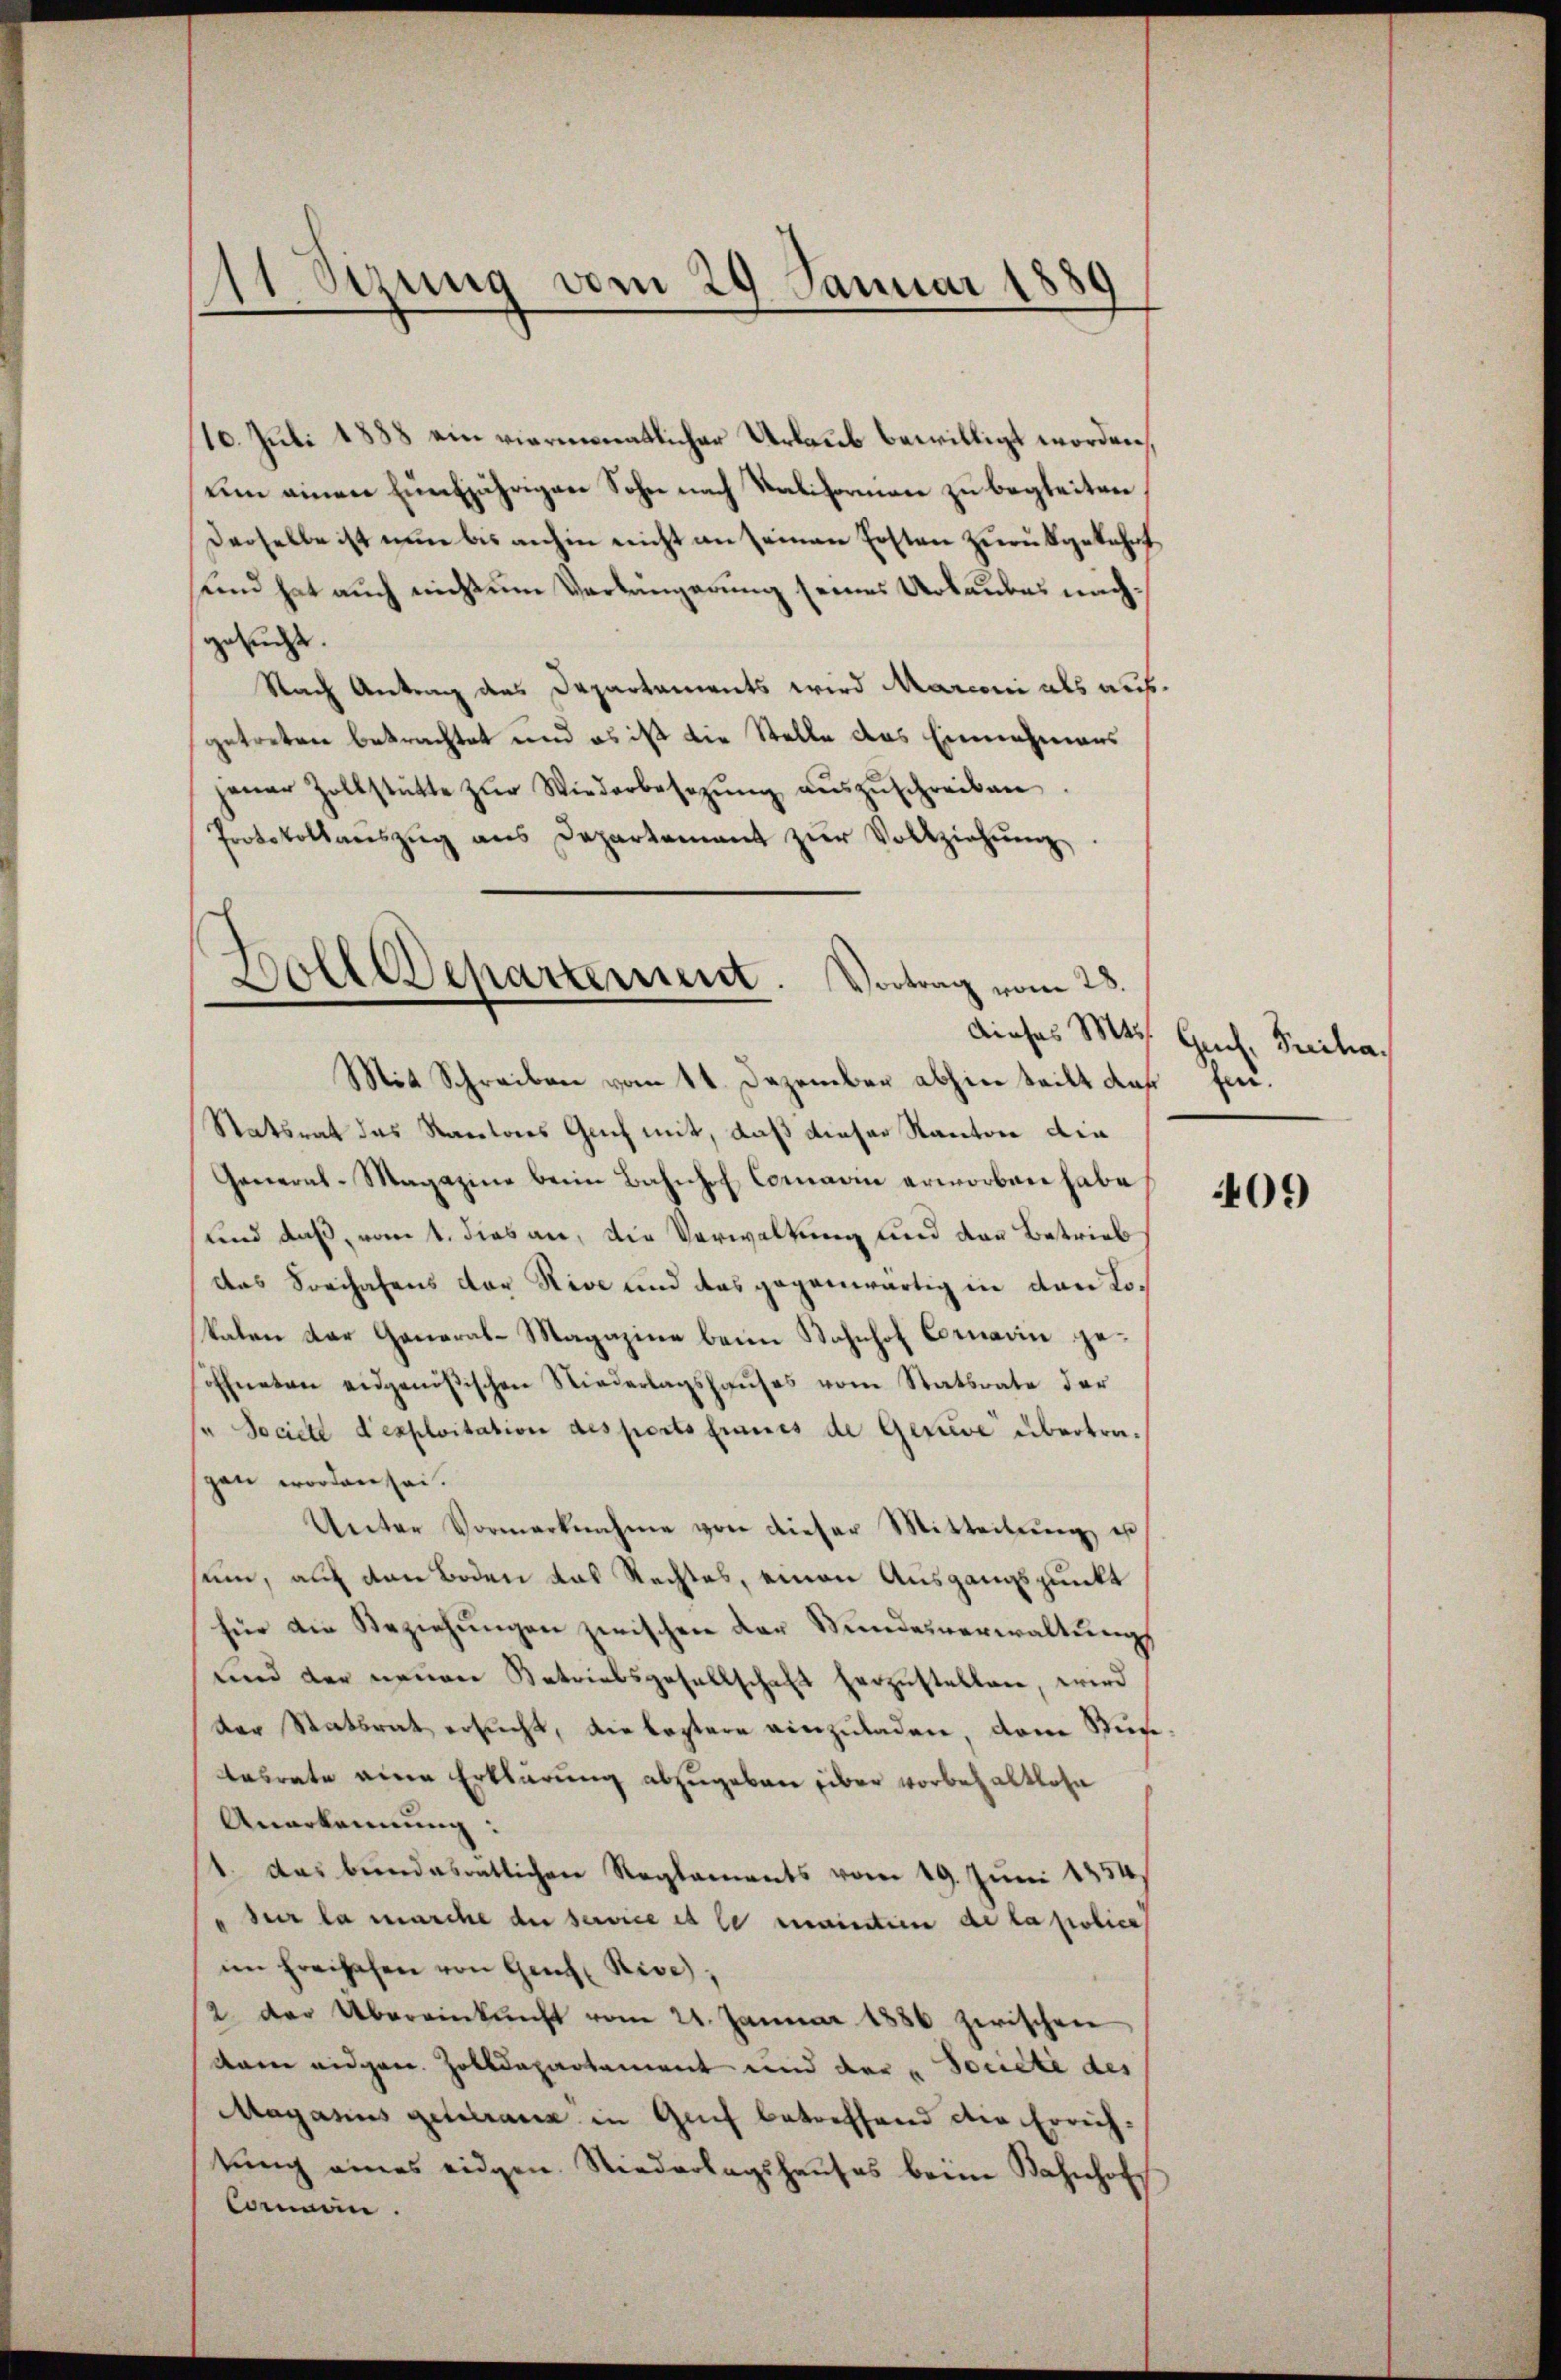
11. Sizung vom 29. Januar 1889
e

10. Juli 1888 ein viermonatlicher Urlaub bewilligt worden,
um einen Einfjährigen Sohn nach Saliformen zu begleiten
Derselbe ist nun bis anhin nicht an seinen Ersten zurükgekehrt
und hat auch nicht um Verlängerung seines Urlaubes nachgesucht.
Nach Antrag des Departaments wird Marconi als ausgetreten betrachtet und es ist die Stelle das Einnahmens
jener Zollstätte zŭr Wiederbesetzŭng aŭszŭschreiben.
Protokollauszug aus Departement zur Vollziehung,

Boll Departement. Vortrag vom 28.
Mit Schreiben vom 11. Dezember abhin teilt das sei.

Statsrat das Racetores Geich mit, daß dieser Kanton die
General-Magazine beim Bahnhof Comann erworben habe
und daß, vom 1. dies an, die Verwaltung und der Betrieb
das Soeihafens der Rive und das gegenwärtig in den Lokalen der General-Magazine beim Bahnhof Cornarii geöffneten eidgenößischen Niederlagshaŭses vom Statsrate der
jr Societe d’exploitation des ports Einnes de Gerive übertragen worden sei.
Unter Vormerknahme von dieser Mitteilŭng es
um, auf den Boden das Rechtes, einen Ausgangspunkt
für die Beziehŭngen zwischen der Stundesverwaltŭng
und der neuen Betriebsgesellschaft herzustellen, wird
der Statsrat ersucht, die leztere einzuladen dem Stude
Aabrate eine Erklärung abzugeben über vorbehaltlohn
Anerkennung:
1. Das bundesratlichen Reglements vom 19. Juni 1854
 der la marche die service es le maintern de la police
im freihafen von Gent Rise;
2. Der Übereinkunft vom 21. Januar 1886 zwischen
dam eidgen. Zolldepartement und der "Société des
Magarius geleranz in Genf betreffend die Errichtŭng eines eidgen. Niederlagshaŭses beim Bahnhof
Connen.

dieses Mts. Genf, Freiha¬

09